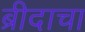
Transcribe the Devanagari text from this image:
ब्रीदाचा